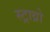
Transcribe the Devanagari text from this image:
स्ट्राव्रो